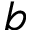
b